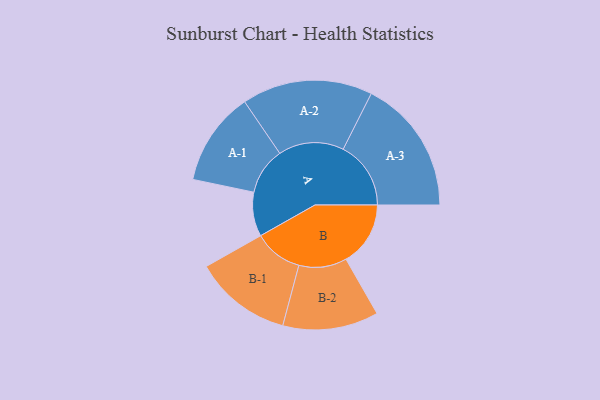
{"axis": {"x": "Segment", "y": "Value"}, "legend": ["", "A", "B"], "data": [{"x": "A", "y": 192, "type": ""}, {"x": "B", "y": 280, "type": ""}, {"x": "A-1", "y": 204, "type": "A"}, {"x": "A-2", "y": 284, "type": "A"}, {"x": "A-3", "y": 294, "type": "A"}, {"x": "B-1", "y": 212, "type": "B"}, {"x": "B-2", "y": 208, "type": "B"}]}